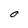
Character: O